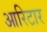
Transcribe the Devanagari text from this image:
आरिटार